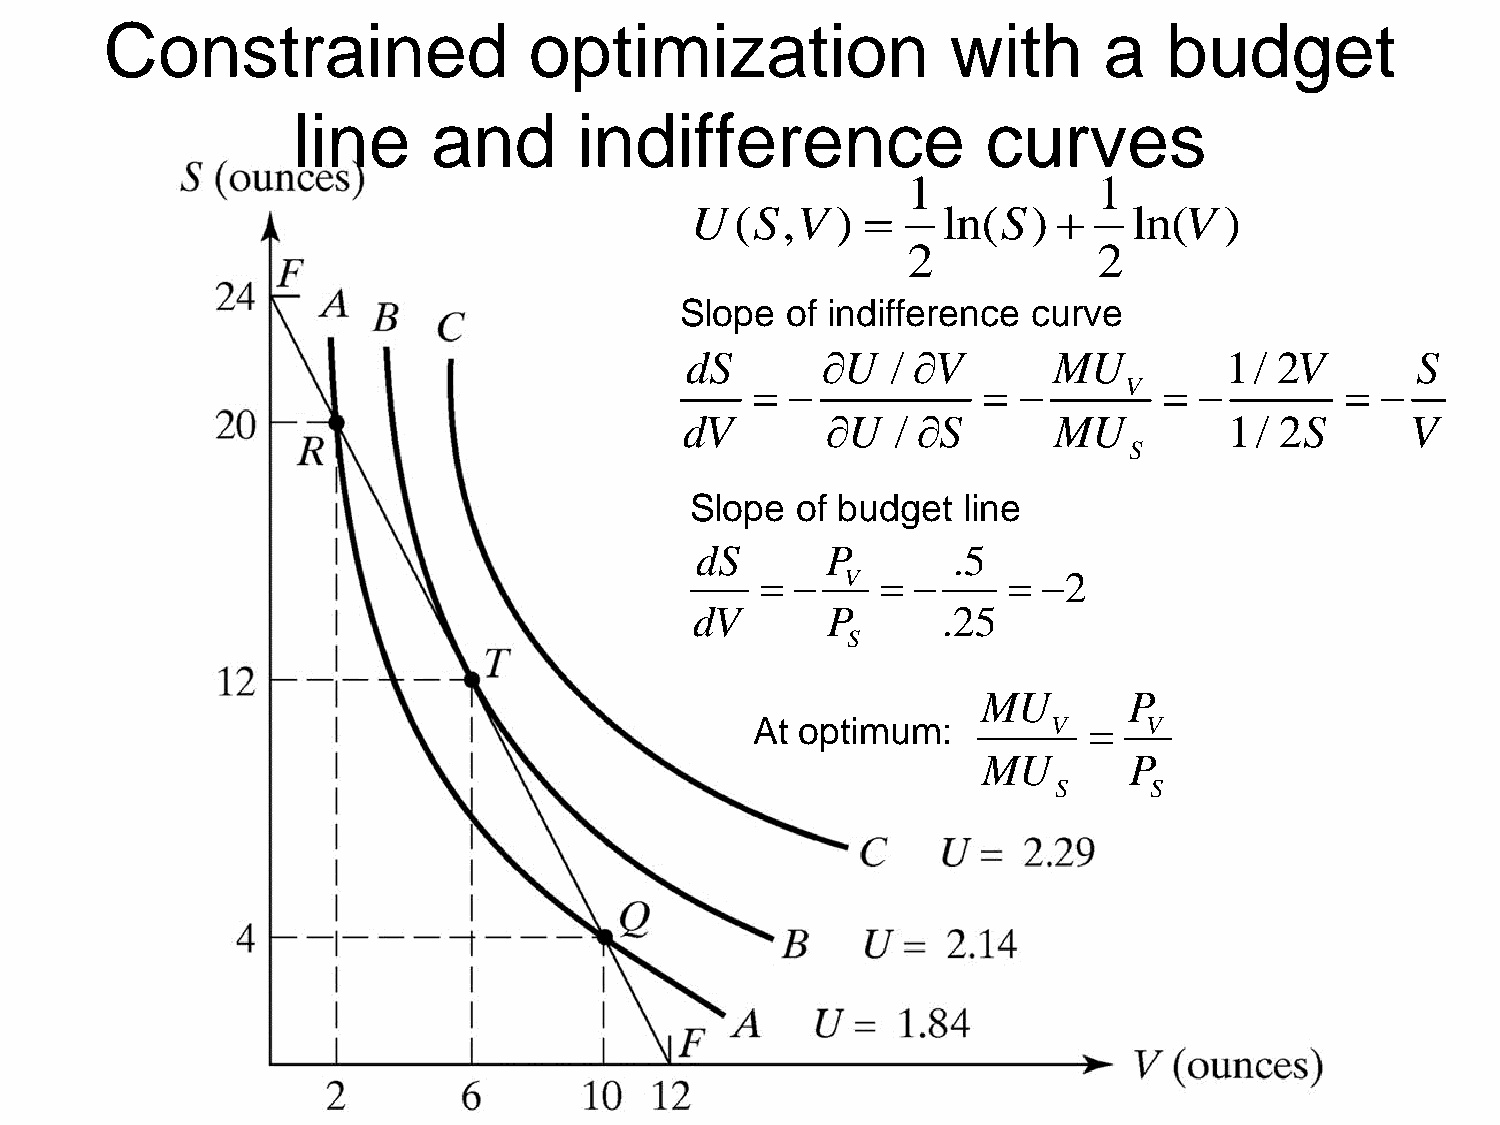
Constrained                 optimization                with      a   budget
 line      and      indifference               curves
 1            1
 U(S,V    )     ln(S)       ln(V  )
 2            2
 Slope  of indifference curve
 dS       U   / V       MU         1/  2V       S
                     V             
 dV        U  / S       MU         1/  2S      V
 S
 Slope  of budget  line
 dS       P       .5
     V         2
 dV       P      .25
 S
 MU        P
 At optimum:         V    V
 MU        P
 S     S